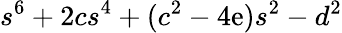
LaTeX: s^{6}+2cs^{4}+(c^{2}-4\mathrm{e})s^{2}-d^{2}